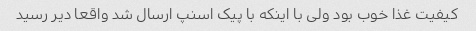
کیفیت غذا خوب بود ولی با اینکه با پیک اسنپ ارسال شد واقعا دیر رسید